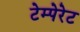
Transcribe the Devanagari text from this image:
टेम्पेरेट